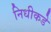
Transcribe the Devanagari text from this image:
निधीकडे